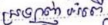
ស្រឡាញ់អំពើ